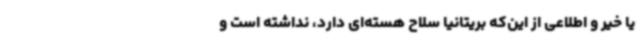
یا خیر و اطلاعی از این‌که بریتانیا سلاح هسته‌ای دارد، نداشته است و